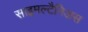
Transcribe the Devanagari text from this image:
साइमल्टैनिअस